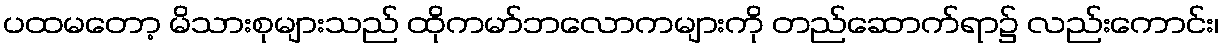
ပထမတော့ မိသားစုများသည် ထိုကမာ်ဘလောကများကို တည်ဆောက်ရာ၌ လည်းကောင်း၊